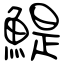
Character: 鯷